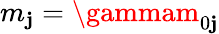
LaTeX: m_{\mathbf{j}}=\gammam_{0\mathbf{j}}